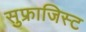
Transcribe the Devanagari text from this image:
सुफ्राजिस्ट